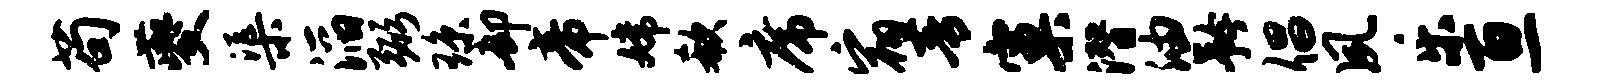
苟夔渠滔弼琼却帝嫦欷席宿青窠潜油矜倡夙乐亘